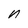
Character: n